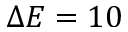
\Delta E = 1 0